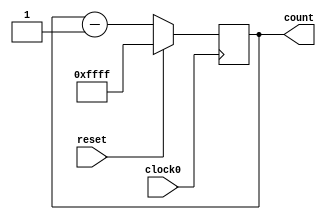
// This program was cloned from: https://github.com/tangxifan/micro_benchmark
// License: MIT License

/////////////////////////////////////////
//  Functionality: 16 bit down counter 
////////////////////////////////////////

module counterdown16_1clk_negedge_sync_resetp(clock0, reset, count);

	input clock0, reset;
	output [15:0] count;
	reg [15:0] count;
                                    

	always @ (negedge clock0) begin
		if (reset == 1'b1) begin
      	  count <= 16'hffff;
		end 
		else begin
			count <= count - 1;
		end
	end

endmodule